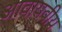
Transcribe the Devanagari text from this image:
आवायवीय